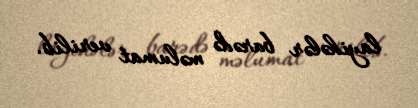
layihələr barədə məlumat verilib.